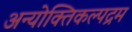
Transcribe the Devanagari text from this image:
अन्योक्तिकल्पद्रम